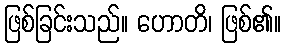
ဖြစ်ခြင်းသည်။ ဟောတိ၊ ဖြစ်၏။